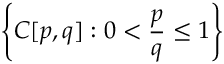
\left\{ C [ p , q ] : 0 < { \frac { p } { q } } \leq 1 \right\}